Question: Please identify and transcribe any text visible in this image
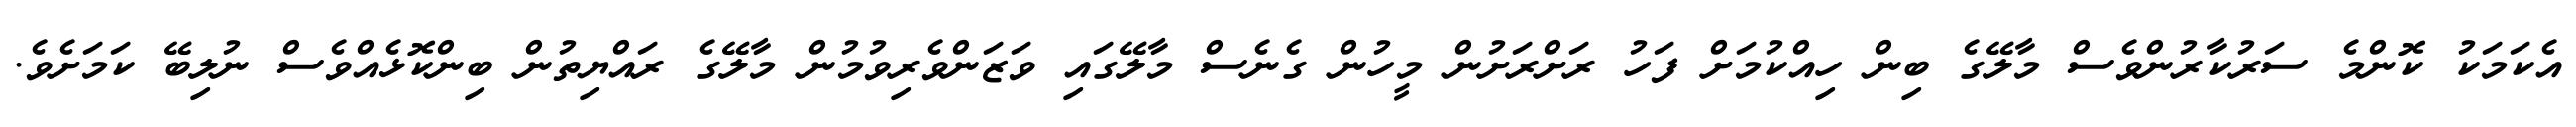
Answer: އެކަމަކު ކޮންމެ ސަރުކާރުންވެސް މާލޭގެ ބިން ހިއްކުމަށް ފަހު ރަށްރަށުން މީހުން ގެނެސް މާލޭގައި ވަޒަންވެރިވުމުން މާލޭގެ ރައްޔިތުން ބިންކޮޅެއްވެސް ނުލިބޭ ކަމަށެވެ.